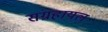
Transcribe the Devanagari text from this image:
संग्रहायल